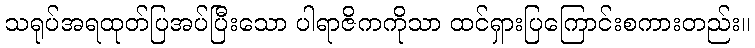
သရုပ်အရထုတ်ပြအပ်ပြီးသော ပါရာဇိကကိုသာ ထင်ရှားပြကြောင်းစကားတည်း။